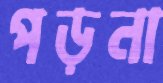
পড়না